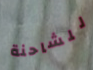
للشاحنة